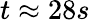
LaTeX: t\approx 28s